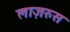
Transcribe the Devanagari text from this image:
लाज़रुस